Leaving Certificate Examination, 1910
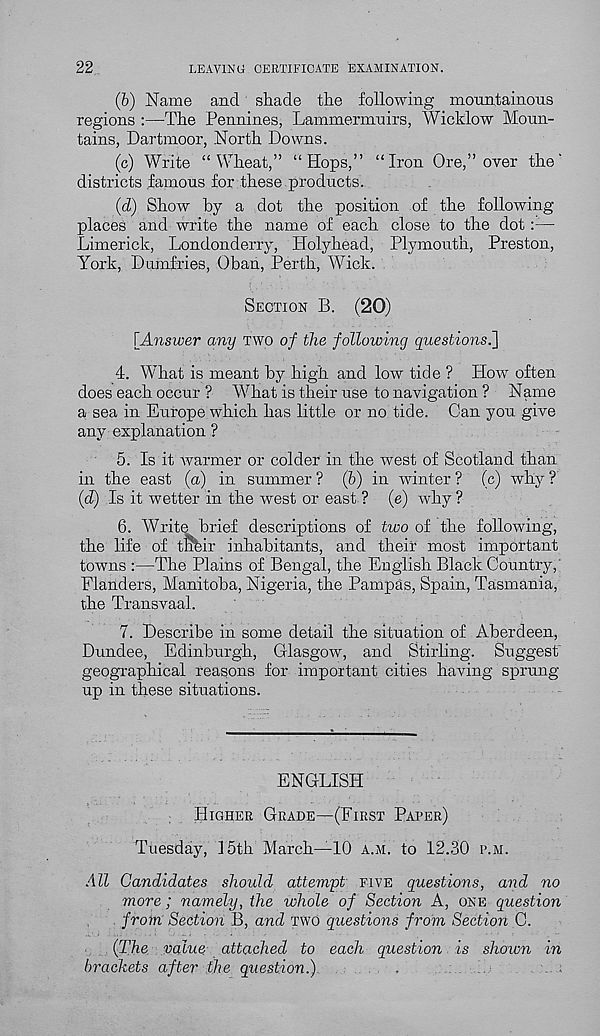
LEAVING CERTIFICATE EXAMINATION.
22
(6) Name and shade the following mountainous
regions :—The Pennines, Lammermnirs, Wicklow Moun-
tains, Dartmoor, North Downs.
(c) Write “Wheat,” “Hops,” “Iron Ore,” over the'
districts famous for these.products.
{d) Show by a dot the position of the following-
places and write the name of each close to the dot: : —
Limerick, Londonderry, Holyhead, Plymouth, Preston,
York, Dumfries, Oban, Perth, Wick.
SECTION B. (20)
[Answer any TWO of the following questions.]
4. What is meant by high and low tide ? How often
does each occur ? What is their use to navigation ? Name
a sea in Europe which has little or no tide. Can you give
any explanation ?
5. Is it warmer or colder in the west of Scotland than
in the east (a) in summer ? (6) in -winter ? (c) why ?
(d) Is it wetter in the west or east ? (e) why ?
6. Write brief descriptions of two of the following,
the life of the ir inhabitants, and their most important
towns :—The Plains of Bengal, the English Black Country,'
Flanders, Manitoba, Nigeria, the Pampas, Spain, Tasmania,
the Transvaal.
7. Describe in some detail the situation of Aberdeen,
Dundee, Edinburgh, Glasgow, and Stirling. Suggest
geographical reasons for important cities having sprung-
up in these situations.
ENGLISH
HIGHER GRADE—(FIRST PAPER)
Tuesday, 15th March—10 A.M. to 12.30 P.M.
All Candidates should attempt FIVE questions, and no
more; namely, the whole of Section A, ONE question
. from Section B, and TWO questions from Section C.
(The. value attached to each question is shown in
brackets after the question.).
.